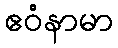
ဧဝံနာမာ